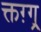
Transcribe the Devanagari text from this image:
क्तग़्ग्र्